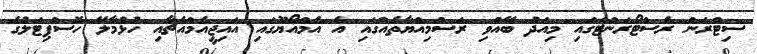
ސިޓްރަން ރެސްޓޯރަންޓްގައި މިއަދު ބޭއްވި ރަސްމިއްޔާތެއްގައި އެ އެމްއޯޔޫގައި އައިޖީއެމްއެޗާއި ހުޅުމާލޭ ހޮސްޕިޓަލުގެ